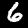
Label: 6